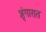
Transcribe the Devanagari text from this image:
शृंगारात